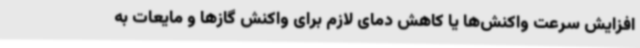
افزایش سرعت واکنش‌ها یا کاهش دمای لازم برای واکنش گازها و مایعات به